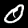
Label: 0